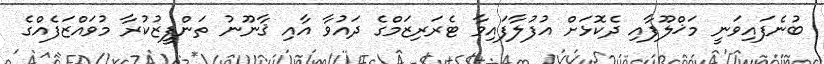
ބުނެފައިވަނީ މަޚްލޫފާއި ދެކޮޅަށް އުފުލާފައިވާ ޓެރަރިޒަމްގެ ދައުވާ އާއި ޤާނޫނު ތަންފީޒުކުރާ މުވައްޒަފެއްގެ